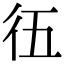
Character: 鿉